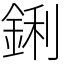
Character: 鋓